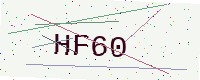
Text: HF60